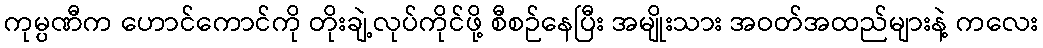
ကုမ္ပဏီက ဟောင်ကောင်ကို တိုးချဲ့လုပ်ကိုင်ဖို့ စီစဉ်နေပြီး အမျိုးသား အဝတ်အထည်များနဲ့ ကလေး